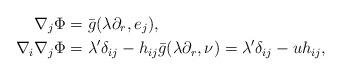
LaTeX: \begin{align*}\nabla_{j}\Phi&=\bar{g}(\lambda\partial_{r},e_{j}),\\\nabla_{i}\nabla_{j}\Phi&=\lambda'\delta_{ij}-h_{ij}\bar{g}(\lambda\partial_{r},\nu)=\lambda'\delta_{ij}-uh_{ij}, \end{align*}